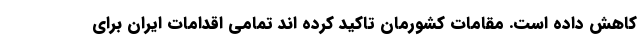
کاهش داده است. مقامات کشورمان تاکید کرده اند تمامی اقدامات ایران برای